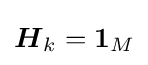
{\boldsymbol {H}}_{k}={\boldsymbol {1}}_{M}